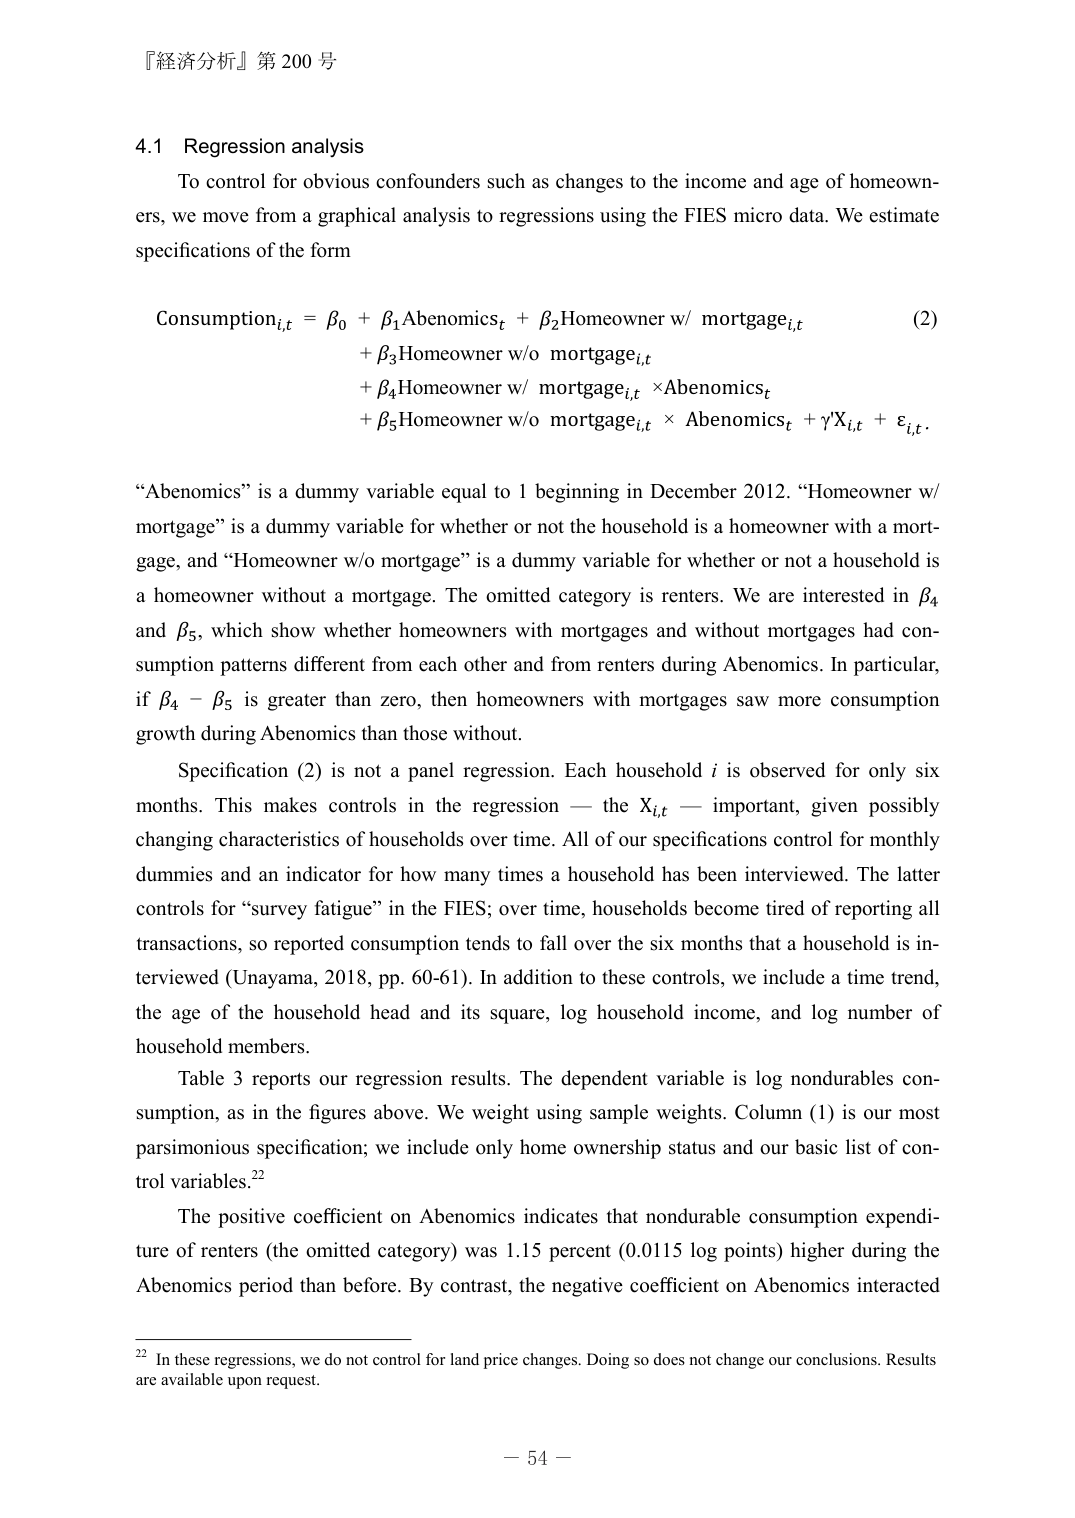
『経済分析』第 200 号

4.1 Regression analysis
To control for obvious confounders such as changes to the income and age of homeowners, we move from a graphical analysis to regressions using the FIES micro data. We estimate specifications of the form

Consumption_{i,t} = β₀ + β₁Abenomicsₜ + β₂Homeowner w/ mortgage_{i,t}  (2)
+ β₃Homeowner w/o mortgage_{i,t}
+ β₄Homeowner w/ mortgage_{i,t} × Abenomicsₜ
+ β₅Homeowner w/o mortgage_{i,t} × Abenomicsₜ + γX_{i,t} + ε_{i,t}.

“Abenomics” is a dummy variable equal to 1 beginning in December 2012. “Homeowner w/ mortgage” is a dummy variable for whether or not the household is a homeowner with a mortgage, and “Homeowner w/o mortgage” is a dummy variable for whether or not a household is a homeowner without a mortgage. The omitted category is renters. We are interested in β₄ and β₅, which show whether homeowners with mortgages and without mortgages had consumption patterns different from each other and from renters during Abenomics. In particular, if β₄ − β₅ is greater than zero, then homeowners with mortgages saw more consumption growth during Abenomics than those without.

Specification (2) is not a panel regression. Each household i is observed for only six months. This makes controls in the regression — the X_{i,t} — important, given possibly changing characteristics of households over time. All of our specifications control for monthly dummies and an indicator for how many times a household has been interviewed. The latter controls for “survey fatigue” in the FIES; over time, households become tired of reporting all transactions, so reported consumption tends to fall over the six months that a household is interviewed (Unayama, 2018, pp. 60-61). In addition to these controls, we include a time trend, the age of the household head and its square, log household income, and log number of household members.

Table 3 reports our regression results. The dependent variable is log nondurables consumption, as in the figures above. We weight using sample weights. Column (1) is our most parsimonious specification; we include only home ownership status and our basic list of control variables.²²

The positive coefficient on Abenomics indicates that nondurable consumption expenditure of renters (the omitted category) was 1.15 percent (0.0115 log points) higher during the Abenomics period than before. By contrast, the negative coefficient on Abenomics interacted

²² In these regressions, we do not control for land price changes. Doing so does not change our conclusions. Results are available upon request.

— 54 —